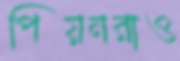
পিয়নরাও